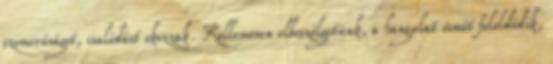
szomorúságot, csalódást okozzak. Kellemesen elbeszélgetünk, a hangulat ismét feloldódik,